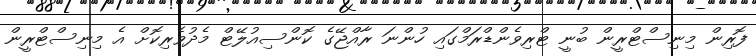
ފޮރިން މިނިސްޓްރީން ބުނީ ޓްރިވެންޑްރަމްގައި ހުންނަ ރާއްޖޭގެ ކޮންސިއުލޭޓް މެދުވެރިކޮށް އެ މިނިސްޓްރީން